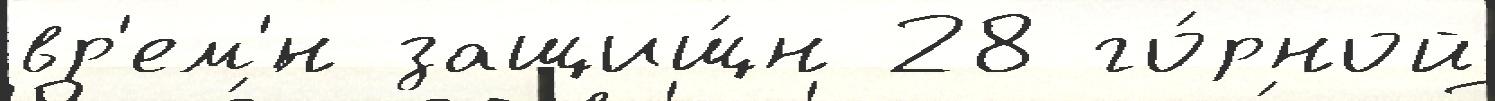
вр'ем'́н защищ́н 28 го́рной